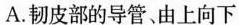
A. 韧皮部的导管、由上向下